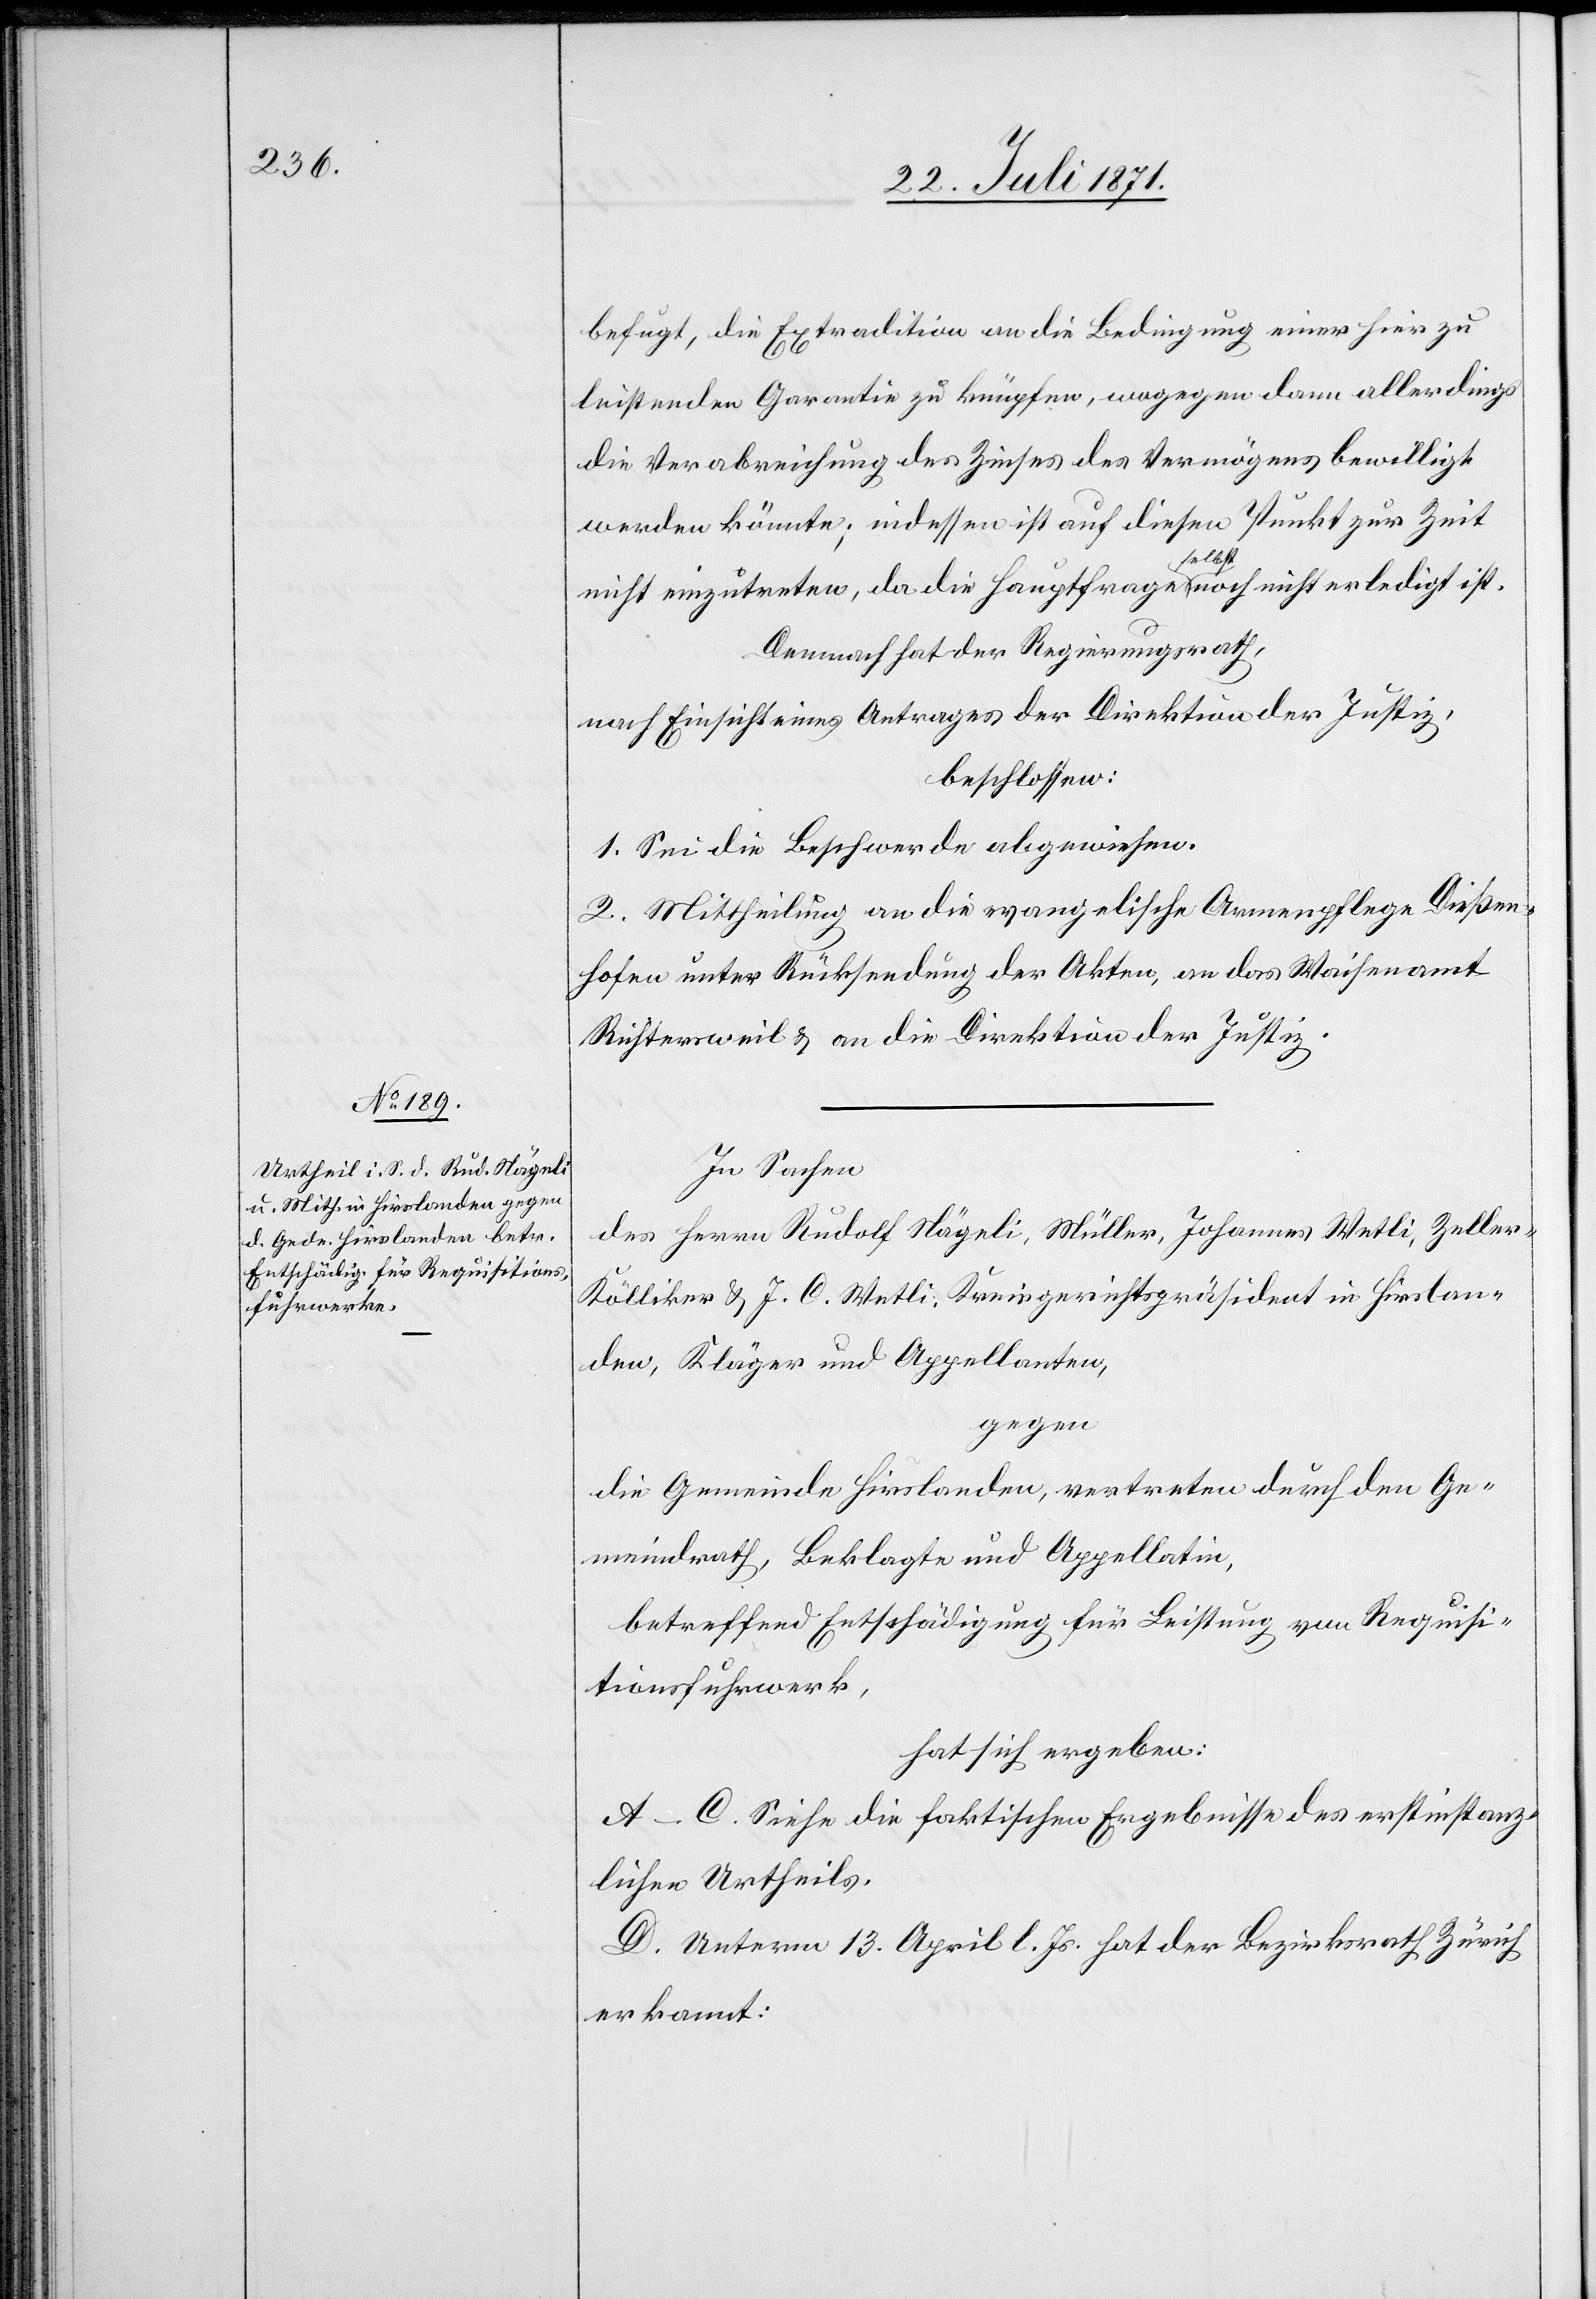
befugt, die Extradition an die Bedingung einer hier zu
leistenden Garantie zu knüpfen, wogegen dann allerdings
die Verabreichung des Zinses des Vermögens bewilligt
werden könnte; indessen ist auf diesen Punkt zur Zeit
nicht einzutreten, da die Hauptfrage selbst noch nicht erledigt ist.
Demnach hat der Regierungsrath,
nach Einsicht eines Antrages der Direktion der Justiz,
beschlossen:
1. Sei die Beschwerde abgewiesen.
2. Mittheilung an die evangelische Armenpflege Dießen¬
hofen unter Rücksendung der Akten, an das Waisenamt
Richtersweil u. an die Direktion der Justiz.
In Sachen
des Herrn Rudolf Nägeli, Müller, Johannes Wetli, Zeller-K¬
ölliker u. J. C. Wetli, Kreisgerichtspräsident in Hirslan¬
den, Kläger und Appellanten,
gegen
die Gemeinde Hirslanden, vertreten durch den Ge¬
meindrath, Beklagte und Appellatin,
betreffend Entschädigung für Leistung von Requisi¬
tionsfuhrwerk,
hat sich ergeben:
A–C. Siehe die faktischen Ergebnisse des erstinstanz¬
lichen Urtheils.
D. Unterm 13. April l. Js. hat der Bezirksrath Zürich
erkannt: